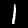
Digit: 1